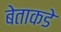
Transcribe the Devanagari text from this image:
बेताकडे